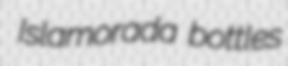
Islamorada bottles